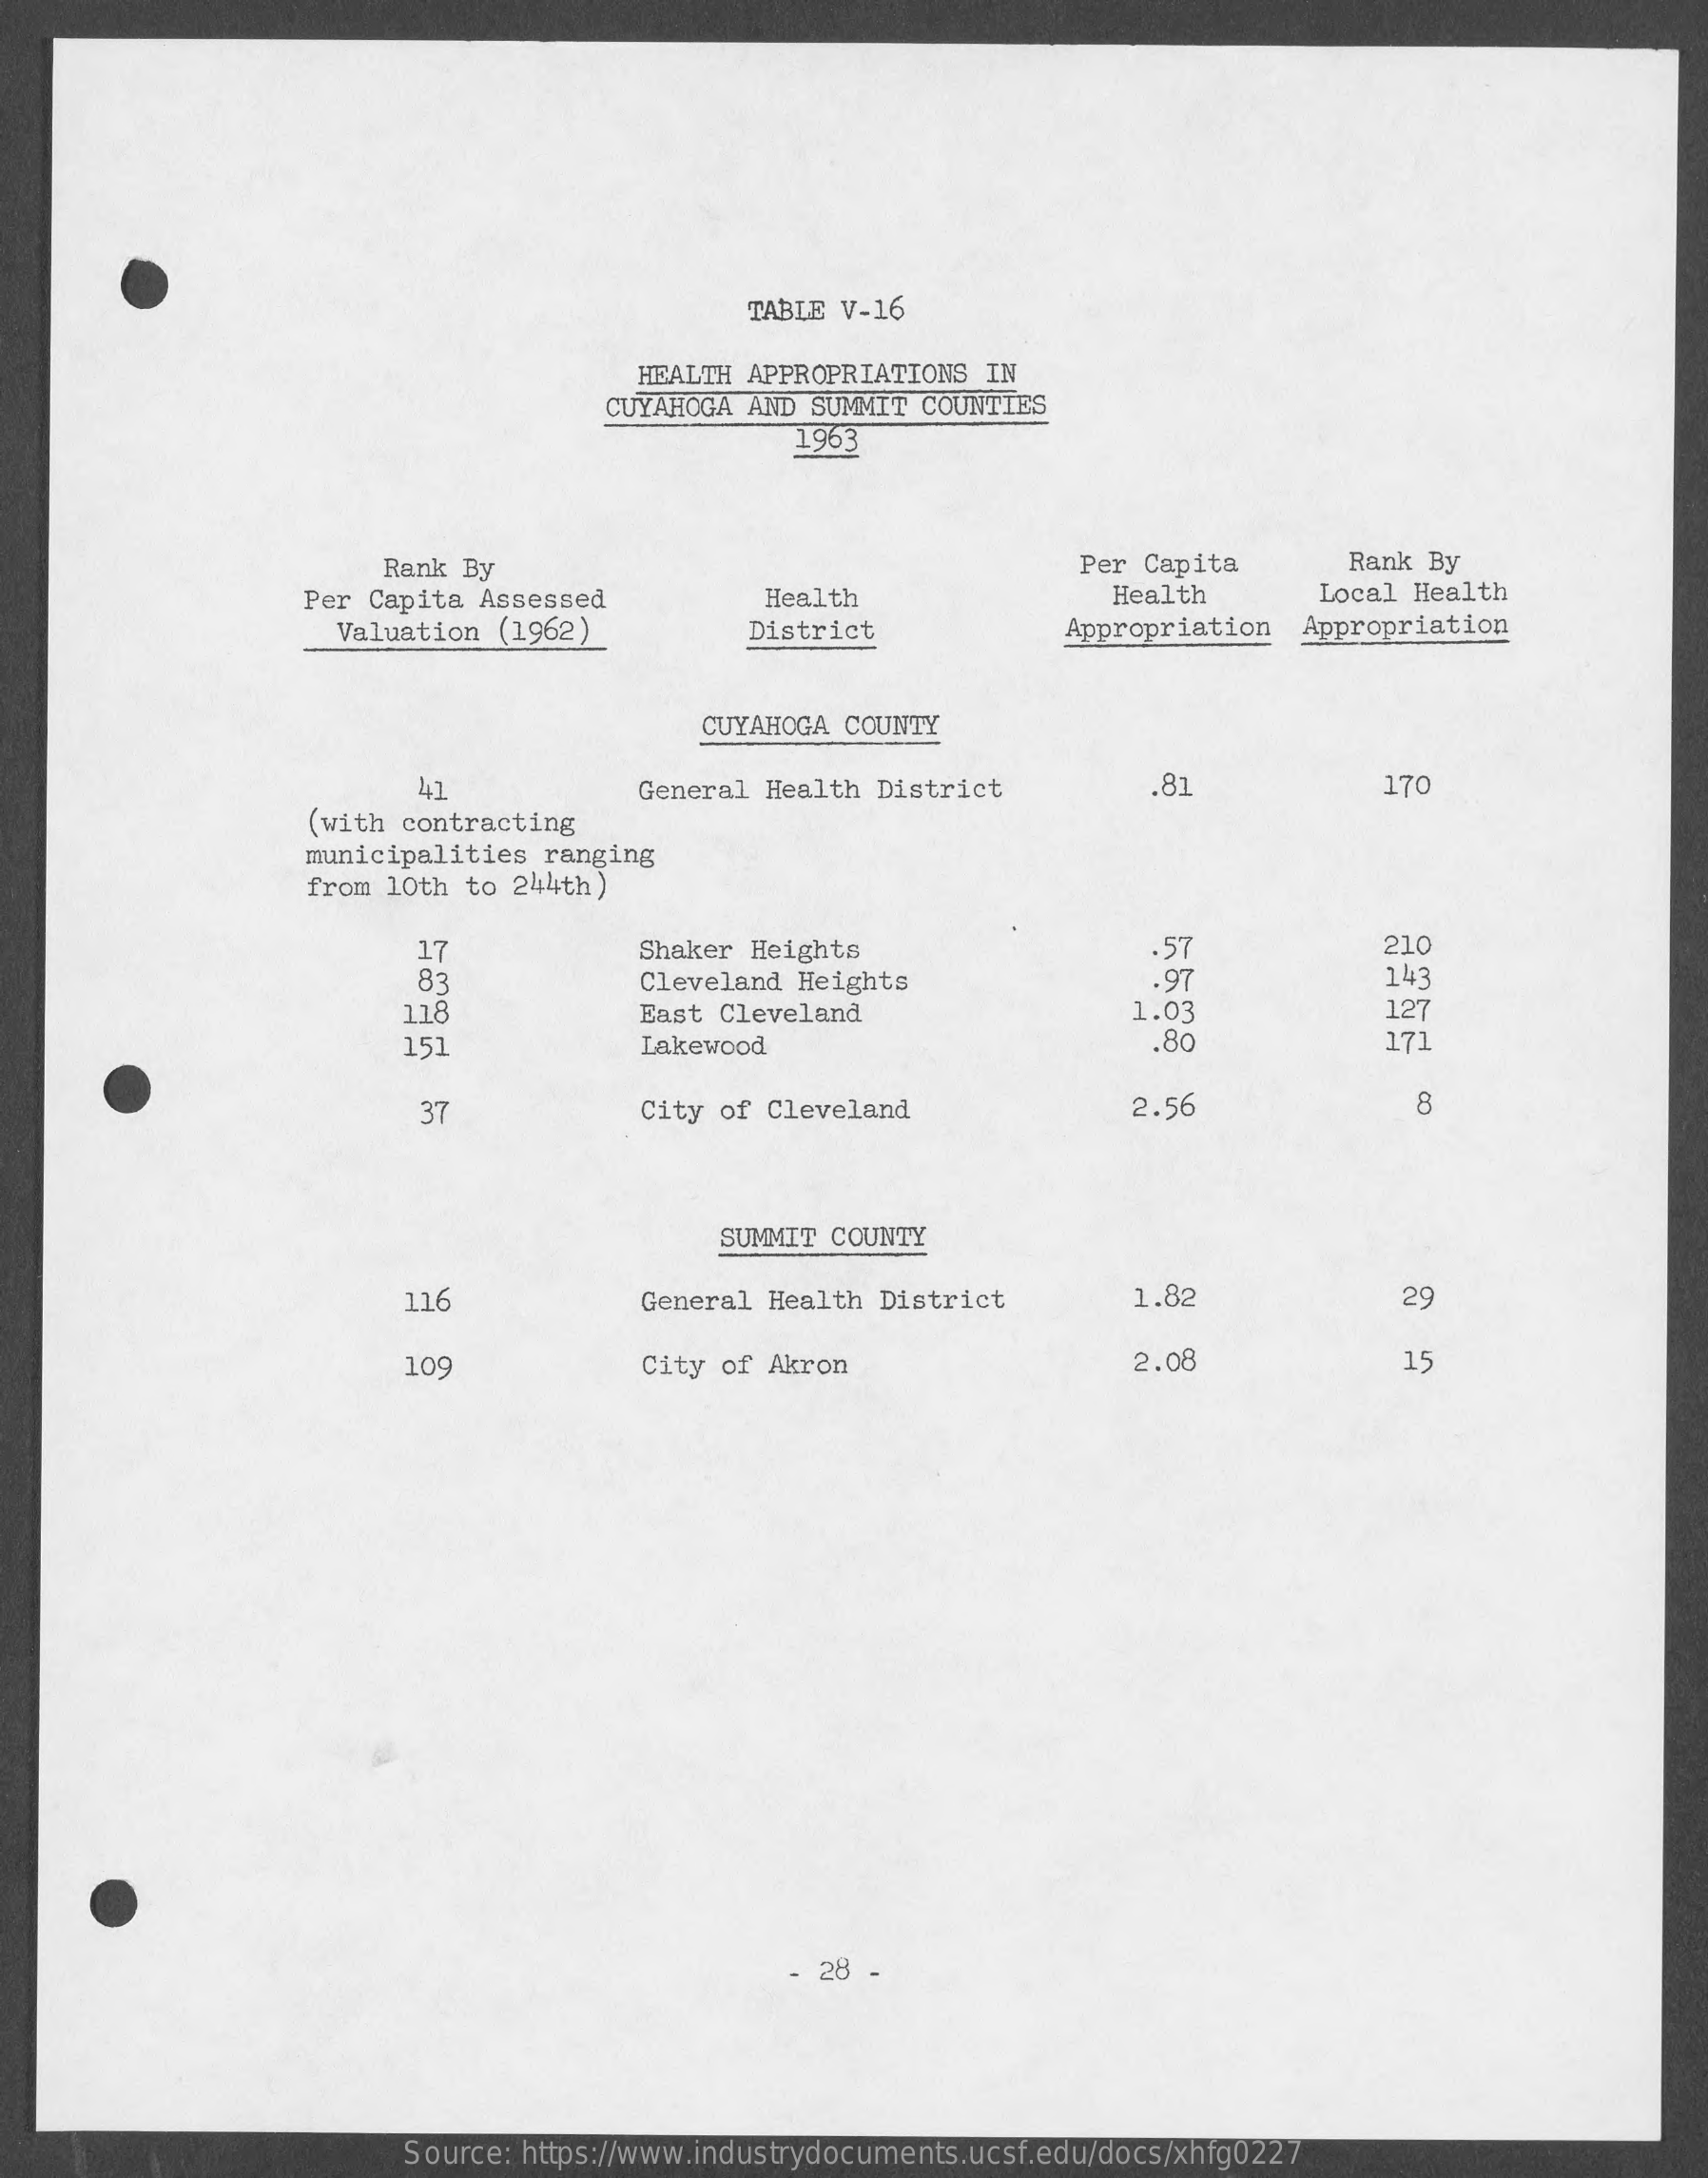
TABLE V-16
     HEALTH APPROPRIATIONS  IN
     CUYAHOGA AND  SUMMIT COUNTIES
     1963
     Rank By    Per Capita    Rank By
     Per Capita  Assessed
     Valuation (1962)
     Health    Health    Local Health
     District    Appropriation   Appropriation
     CUYAHOGA  COUNTY
     41    General Health  District    81    170
     (with contracting
     municipalities ranging
     from 10th to 244th)
     17    Shaker Heights    .57    210
     83    Cleveland  Heights    .97    143
     118    East Cleveland    1.03    127
     151    Lakewood    .80    171
     37    City of Cleveland    2.56    8
     SUMMIT COUNTY
     116    General Health District    1.82    29
     109    City of Akron    2.08    15
     - 28 -
     Source: https://www.industrydocuments.ucsf.edu/docs/xhfg0227